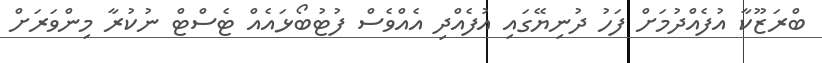
ބްރަޒޫކާ އުފެއްދުމަށް ފަހު ދުނިޔޭގައި އުފެއްދި އެއްވެސް ފުޓުބޯޅައެއް ޓެސްޓް ނުކުރާ މިންވަރަށް